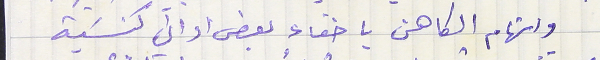
واتهام الكاهن باخفاء بعض اواني كنسَية